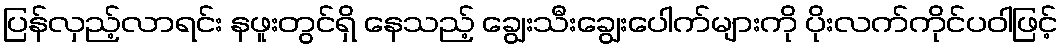
ပြန်လှည့်လာရင်း နဖူးတွင်ရှိ နေသည့် ချွေးသီးချွေးပေါက်များကို ပိုးလက်ကိုင်ပဝါဖြင့်